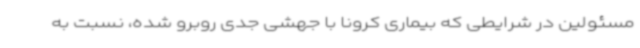
مسئولین در شرایطی که بیماری کرونا با جهشی جدی روبرو شده، نسبت به